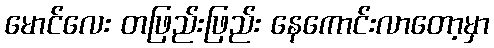
မောင်လေး တဖြည်းဖြည်း နေကောင်းလာတော့မှာ